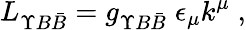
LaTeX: L_{\Upsilon B\bar{B}}=g_{\Upsilon B\bar{B}}\; \epsilon_{\mu}k^{\mu}\; ,